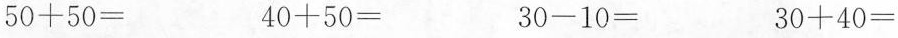
$$5 0 + 5 0 =$$ $$4 0 + 5 0 =$$ $$3 0 - 1 0 =$$ $$3 0 + 4 0 =$$